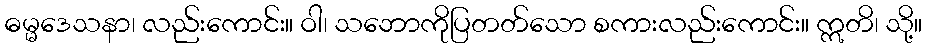
ဓမ္မဒေသနာ၊ လည်းကောင်း။ ဝါ၊ သဘောကိုပြတတ်သော စကားလည်းကောင်း။ ဣတိ၊ သို့။